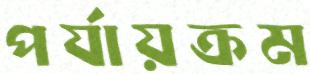
পর্যায়ক্রম